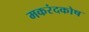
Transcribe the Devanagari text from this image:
मकरंदकोष